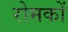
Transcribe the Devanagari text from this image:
रोमकों